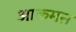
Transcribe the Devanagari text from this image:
आक्रमऩ